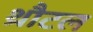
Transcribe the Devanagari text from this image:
थ्रौटल